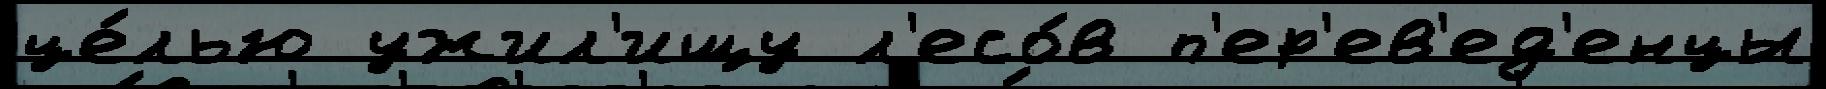
це́лью ужил'ищу л'есо́в п'ер'ев'ед'енцы